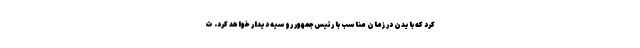
کرد که بایدن در زمان مناسب با رئیس‌جمهور روسیه دیدار خواهد کرد. ت